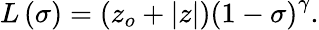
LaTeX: L\left(\sigma\right)=\left(z_{o}+|z|\right)\left(1-\sigma\right)^{\gamma}.